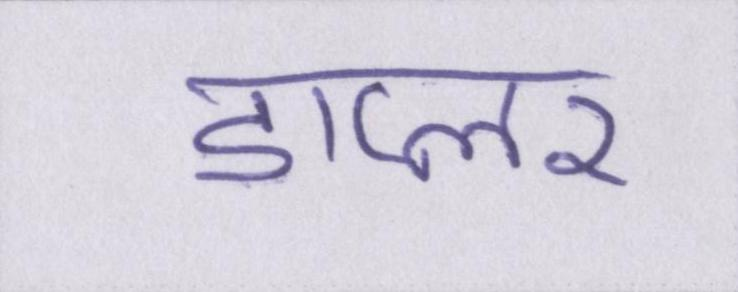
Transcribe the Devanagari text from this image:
डाप्लर